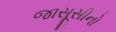
જાસૂસીનો